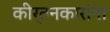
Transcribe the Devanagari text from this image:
कीर्तनकारांना